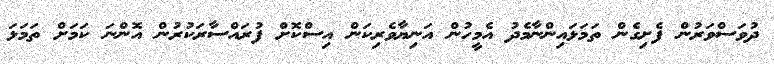
ދުވަސްވަރުން ފެށިގެން ތަމަޅައިންނާމެދު އެމީހުން އަނިޔާވެރިކަން އިސްކޮށް ފުރައްސާރަކުރުން އޮންނަ ކަމަށް ތަމަޅަ